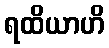
ရထိယာဟိ